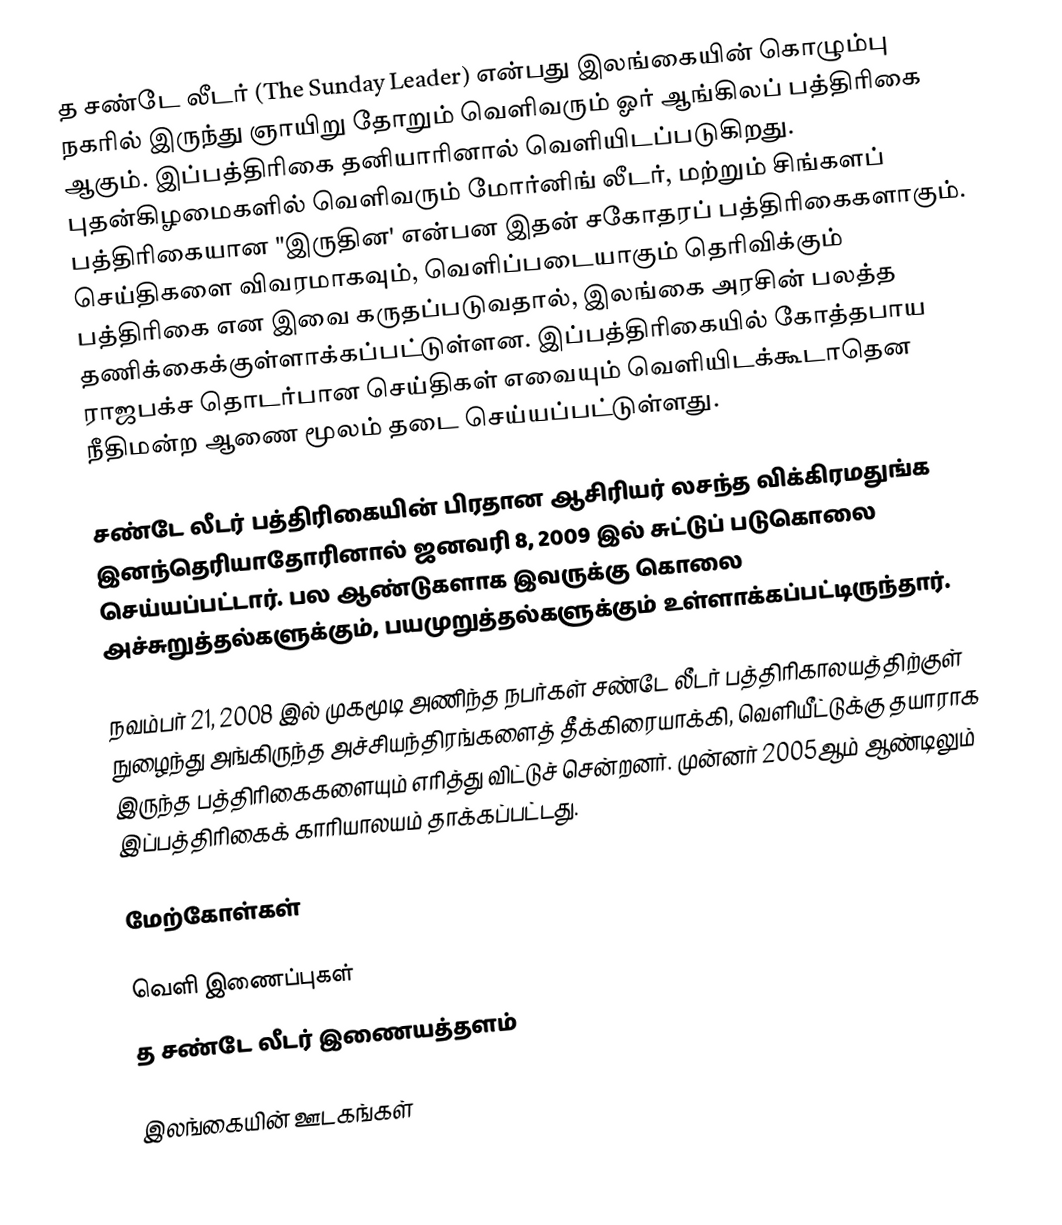
த சண்டே லீடர் (The Sunday Leader) என்பது இலங்கையின் கொழும்பு நகரில் இருந்து ஞாயிறு தோறும் வெளிவரும் ஓர் ஆங்கிலப் பத்திரிகை ஆகும். இப்பத்திரிகை தனியாரினால் வெளியிடப்படுகிறது. புதன்கிழமைகளில் வெளிவரும் மோர்னிங் லீடர், மற்றும் சிங்களப் பத்திரிகையான "இருதின' என்பன இதன் சகோதரப் பத்திரிகைகளாகும். செய்திகளை விவரமாகவும், வெளிப்படையாகும் தெரிவிக்கும் பத்திரிகை என இவை கருதப்படுவதால், இலங்கை அரசின் பலத்த தணிக்கைக்குள்ளாக்கப்பட்டுள்ளன. இப்பத்திரிகையில் கோத்தபாய ராஜபக்ச தொடர்பான செய்திகள் எவையும் வெளியிடக்கூடாதென நீதிமன்ற ஆணை மூலம் தடை செய்யப்பட்டுள்ளது.

சண்டே லீடர் பத்திரிகையின் பிரதான ஆசிரியர் லசந்த விக்கிரமதுங்க இனந்தெரியாதோரினால் ஜனவரி 8, 2009 இல் சுட்டுப் படுகொலை செய்யப்பட்டார். பல ஆண்டுகளாக இவருக்கு கொலை அச்சுறுத்தல்களுக்கும், பயமுறுத்தல்களுக்கும் உள்ளாக்கப்பட்டிருந்தார்.

நவம்பர் 21, 2008 இல் முகமூடி அணிந்த நபர்கள் சண்டே லீடர் பத்திரிகாலயத்திற்குள் நுழைந்து அங்கிருந்த அச்சியந்திரங்களைத் தீக்கிரையாக்கி, வெளியீட்டுக்கு தயாராக இருந்த பத்திரிகைகளையும் எரித்து விட்டுச் சென்றனர். முன்னர் 2005ஆம் ஆண்டிலும் இப்பத்திரிகைக் காரியாலயம் தாக்கப்பட்டது.

மேற்கோள்கள்

வெளி இணைப்புகள்
த சண்டே லீடர் இணையத்தளம்

இலங்கையின் ஊடகங்கள்